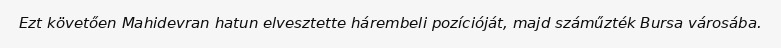
Ezt követően Mahidevran hatun elvesztette hárembeli pozícióját, majd száműzték Bursa városába.